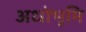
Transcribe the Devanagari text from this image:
अधोभूमि